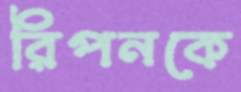
রিপনকে